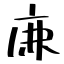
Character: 𢈘